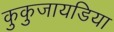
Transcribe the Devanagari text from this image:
कुकुजायडिया